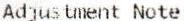
ADJUSTMENT NOTE